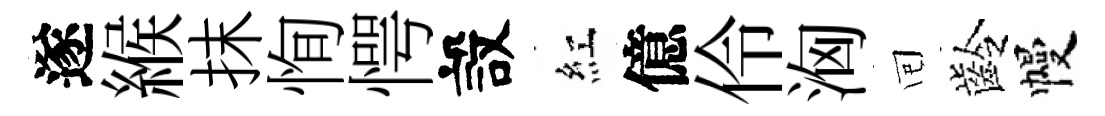
遂緱抹恂愕設紅億伶洶囘齡幔